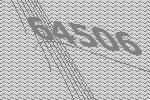
64506